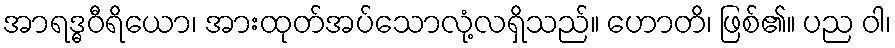
အာရဒ္ဓဝီရိယော၊ အားထုတ်အပ်သောလုံ့လရှိသည်။ ဟောတိ၊ ဖြစ်၏။ ပည ဝါ၊